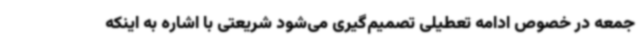
جمعه در خصوص ادامه تعطیلی تصمیم‌گیری می‌شود شریعتی با اشاره به اینکه